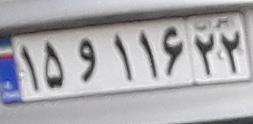
۱۵و۱۱۶۲۲